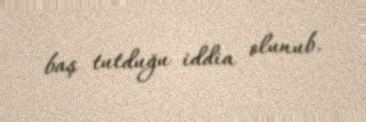
baş tutduğu iddia olunub.